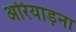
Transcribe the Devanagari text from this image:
अरियाड़ना